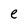
Character: e